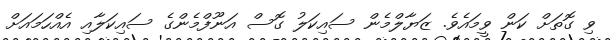
ވި ގޮތަށް ކަން ވީމައެވެ. ޒަޔާލްމެން ސައިކަލު ގޮސް އަނޫފްމެންގެ ސައިކަލާއި އެއްހަމައަށް